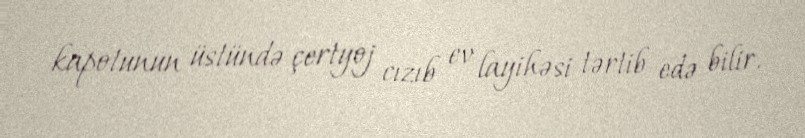
kapotunun üstündə çertyoj cızıb ev layihəsi tərtib edə bilir.